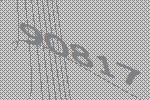
90817